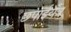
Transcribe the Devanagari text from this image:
छपाईयंत्र